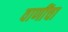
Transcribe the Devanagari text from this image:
वाणींचा